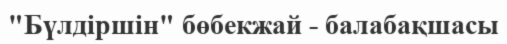
"Бүлдіршін" бөбекжай - балабақшасы